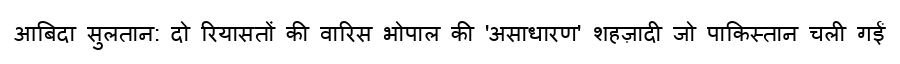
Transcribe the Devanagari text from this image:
आबिदा सुलतान: दो रियासतों की वारिस भोपाल की 'असाधारण' शहज़ादी जो पाकिस्तान चली गईं